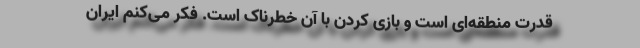
قدرت منطقه‌ای است و بازی کردن با آن خطرناک است. فکر می‌کنم ایران